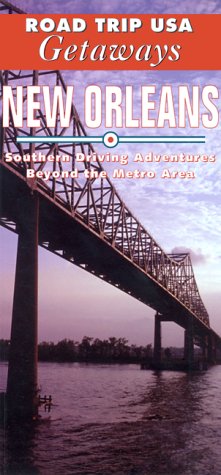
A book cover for New Orleans (Road Trip USA Getaways); Kap Stann; Travel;